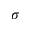
\sigma